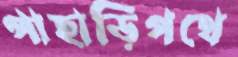
পাহাড়িপথে